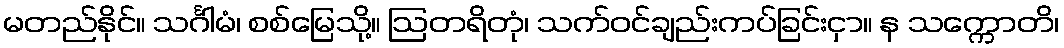
မတည်နိုင်။ သင်္ဂါမံ၊ စစ်မြေသို့။ ဩတရိတုံ၊ သက်ဝင်ချည်းကပ်ခြင်းငှာ။ န သက္ကောတိ၊